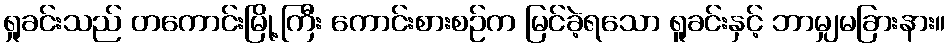
ရှုခင်းသည် တကောင်းမြို့ကြီး ကောင်းစားစဉ်က မြင်ခဲ့ရသော ရူခင်းနှင့် ဘာမျှမခြားနား။